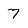
Character: 7